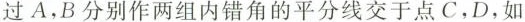
过A，B分别作两组内错角的平分线交于点C，D，如